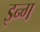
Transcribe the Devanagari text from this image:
इन्ग